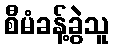
စီမံခန့်ခွဲသူ